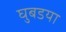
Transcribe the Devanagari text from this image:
घुबडया